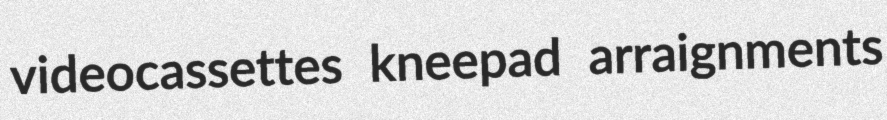
videocassettes kneepad arraignments